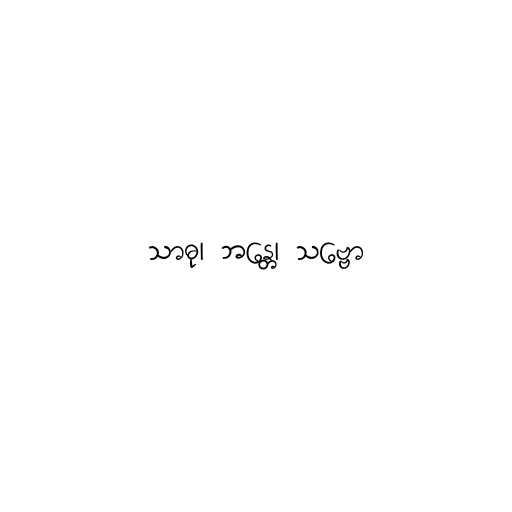
သာဓု၊ ဘန္တေ၊ သဗ္ဗော